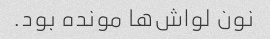
نون لواش‌ها مونده بود.